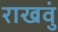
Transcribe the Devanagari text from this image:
राखवुं